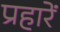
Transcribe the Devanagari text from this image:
प्रहारें